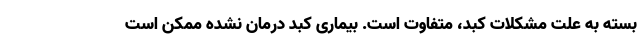
بسته به علت مشکلات کبد، متفاوت است. بیماری کبد درمان نشده ممکن است